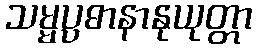
သမ္မပ္ပဓာနာနုယုတ္တာ